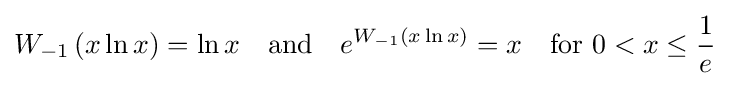
W_{-1}\left(x\ln x\right)=\ln x\quad {\text{and}}\quad e^{W_{-1}\left(x\ln x\right)}=x\quad {\text{for }}0<x\leq {\frac {1}{e}}